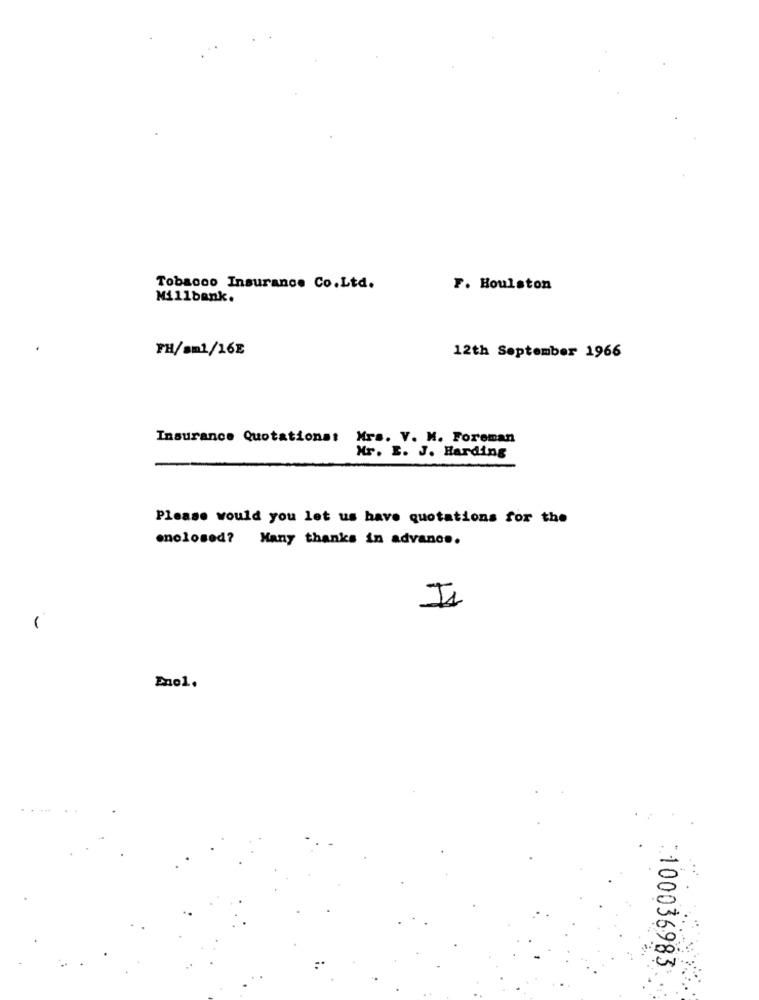
Tobacco Insurance Co.Ltd.
F. Houlston
Millbank.
FH/sm1/16E
12th September 1966
Insurance Quotations: Mrs. V. M. Foreman
Mr. E. J. Harding
Please would you let us have quotations for the
enclosed? Many thanks in advance.
Is
1
Enel.
:100036983